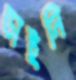
ডাইনি